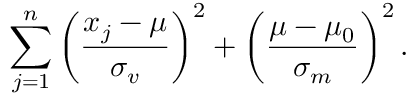
\sum _ { j = 1 } ^ { n } \left( { \frac { x _ { j } - \mu } { \sigma _ { v } } } \right) ^ { 2 } + \left( { \frac { \mu - \mu _ { 0 } } { \sigma _ { m } } } \right) ^ { 2 } .